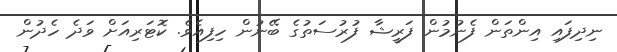
ނިދިފައި އިންތަން ފެނުމުން ފަރީޝާ ފުރުސަތުގެ ބޭނުން ހިފިއެވެ. ކޮޓަރިއަށް ވަދެ ހެދުން